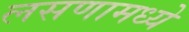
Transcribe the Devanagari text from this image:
लसणामध्ये